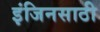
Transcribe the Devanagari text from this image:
इंजिनसाठी